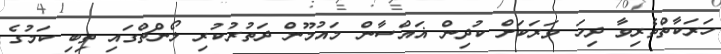
ހަރަކާތްތެރިވާ ދިހަ ވަރަކަށް ކުދިން ޣައްސާން މައުމޫން ދަތުރުކުރި ލޯންޗްގައި ތިބި ކަމުގެ